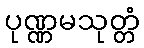
ပုဏ္ဏမသုတ္တံ